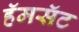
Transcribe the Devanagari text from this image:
हॅमसॅट